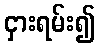
ငှားရမ်း၍